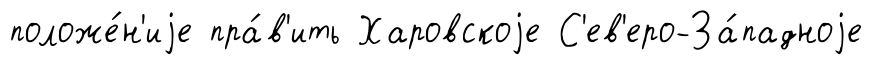
положе́н'иjе пра́в'ить Харовскоjе С'ев'еро-За́падноjе